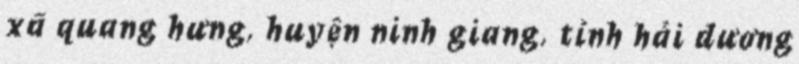
xã quang hưng, huyện ninh giang, tỉnh hải dương